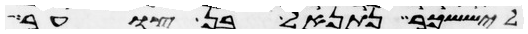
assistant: ליששכר נתנאל בן צוער